Protection of India from yellow fever
Disease focus: Fever
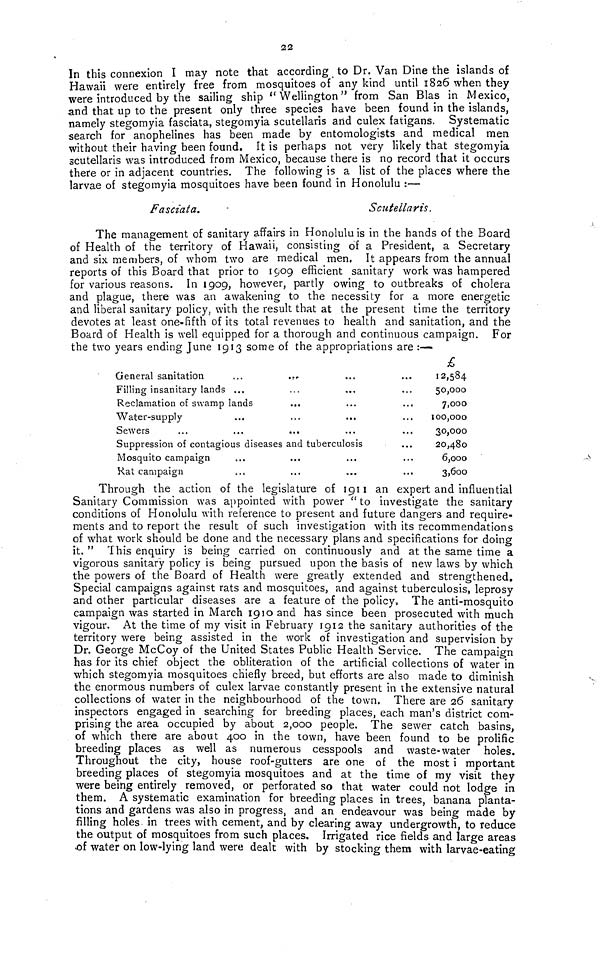
22
In this connexion I may note that according to Dr. Van Dine the islands of
Hawaii were entirely free from mosquitoes of any kind until 1826 when they
were introduced by the sailing ship "Wellington" from San Blas in Mexico,
and that up to the present only three species have been found in the islands,
namely stegomyia fasciata, stegomyia scutellaris and culex fatigans. Systematic
search for anophelines has been made by entomologists and medical men
without their having been found. It is perhaps not very likely that stegomyia
scutellaris was introduced from Mexico, because there is no record that it occurs
there or in adjacent countries. The following is a list of the places where the
larvae of stegomyia mosquitoes have been found in Honolulu :—
Fasciata.
Scutellaris.
The management of sanitary affairs in Honolulu is in the hands of the Board
of Health of the territory of Hawaii, consisting of a President, a Secretary
and six. members, of whom two are medical men. It appears from the annual
reports of this Board that prior to 1909 efficient sanitary work was hampered
for various reasons. In 1909, however, partly owing to outbreaks of cholera
and plague, there was an awakening to the necessity for a more energetic
and liberal sanitary policy, with the result that at the present time the territory
devotes at least one-fifth of its total revenues to health and sanitation, and the
Board of Health is well equipped for a thorough and continuous campaign. For
the two years ending June 1913 some of the appropriations are :—
J
\-J
fc/
•*•
*-r
General sanitation
Filling insanitary lands ...
Reclamation of swamp lands
Water-supply
Sewers
...
...
...
...
...
..,
...
...
...
Suppression of contagious diseases and tuberculosis
Mosquito campaign
Rat campaign
...
...
...
...
£
12,584
50,000
7,000
100,000
30,000
20,480
6,000
3,600
Through the action of the legislature of 1911 an expert and influential
Sanitary Commission was appointed with power "to investigate the sanitary
conditions of Honolulu with reference to present and future dangers and require-
ments and to report the result of such investigation with its recommendations
of what work should be done and the necessary plans and specifications for doing
it, "This enquiry is being carried on continuously and at the same time a
vigorous sanitary policy is being pursued upon the basis of new laws by which
the powers of the Board of Health were greatly extended and strengthened.
Special campaigns against rats and mosquitoes, and against tuberculosis, leprosy
and other particular diseases are a feature of the policy, The anti-mosquito
campaign was started in March 1910 and has since been prosecuted with much
vigour. At the time of my visit in February 1912 the sanitary authorities of the
territory were being assisted in the work of investigation and supervision by
Dr. George McCoy of the United States Public Health Service. The campaign
has for its chief object the obliteration of the artificial collections of water in
which stegomyia mosquitoes chiefly breed, but efforts are also made to diminish
the enormous numbers of culex larvae constantly present in the extensive natural
collections of water in the neighbourhood of the town. There are 26 sanitary
inspectors engaged in searching for breeding places, each man's district com-
prising the area occupied by about 2,000 people. The sewer catch basins,
of which there are about 400 in the town, have been found to be prolific
breeding places as well as numerous cesspools and waste-water holes.
Throughout the city, house roof-gutters are one of the most i mportant
breeding places of stegomyia mosquitoes and at the time of my visit they
were being entirely removed, or perforated so that water could not lodge in
them. A systematic examination for breeding places in trees, banana planta-
tions and gardens was also in progress, and an endeavour was being made by
filling holes in trees with cement, and by clearing away undergrowth, to reduce
the output of mosquitoes from such places. Irrigated rice fields and large areas
of water on low-lying land were dealt with by stocking them with larvae-eating